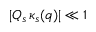
\vert Q _ { s } \, \kappa _ { s } ( q ) \vert \ll 1